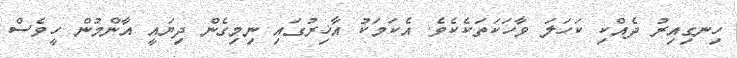
ހިނގިއިރު ދެއްކި ކަހަލަ ވާހަކަތަކެކެވެ. އެކަމަކު އާޚިރުގައި ނިމިގެން ދިޔައީ އާންމުން ހީވެސް